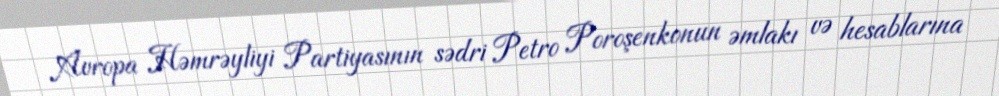
Avropa Həmrəyliyi Partiyasının sədri Petro Poroşenkonun əmlakı və hesablarına